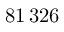
8 1 \, 3 2 6